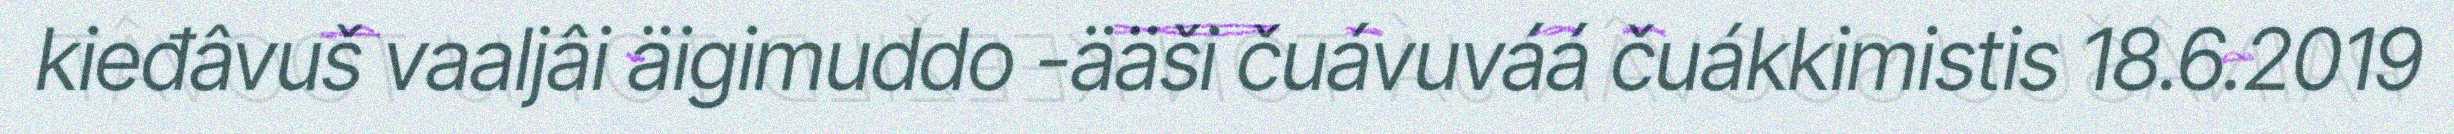
kieđâvuš vaaljâi äigimuddo -ääši čuávuváá čuákkimistis 18.6.2019